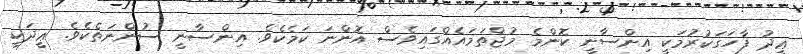
ޢީދު ފާހަގަކުރުމަކީ އިންސާނީ ކޮންމެ މުޖްތަމައެއްގައިވެސް އޮންނަ ކަމެކެވެ. އިންސާނީ ސުންނަތެކެވެ. ޢީދަކީ